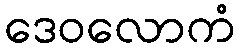
ဒေဝလောကံ